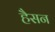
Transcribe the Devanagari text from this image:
हैसन